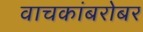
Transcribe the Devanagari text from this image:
वाचकांबरोबर